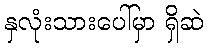
နှလုံးသားပေါ်မှာ ရှိဆဲ